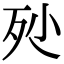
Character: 𣧖